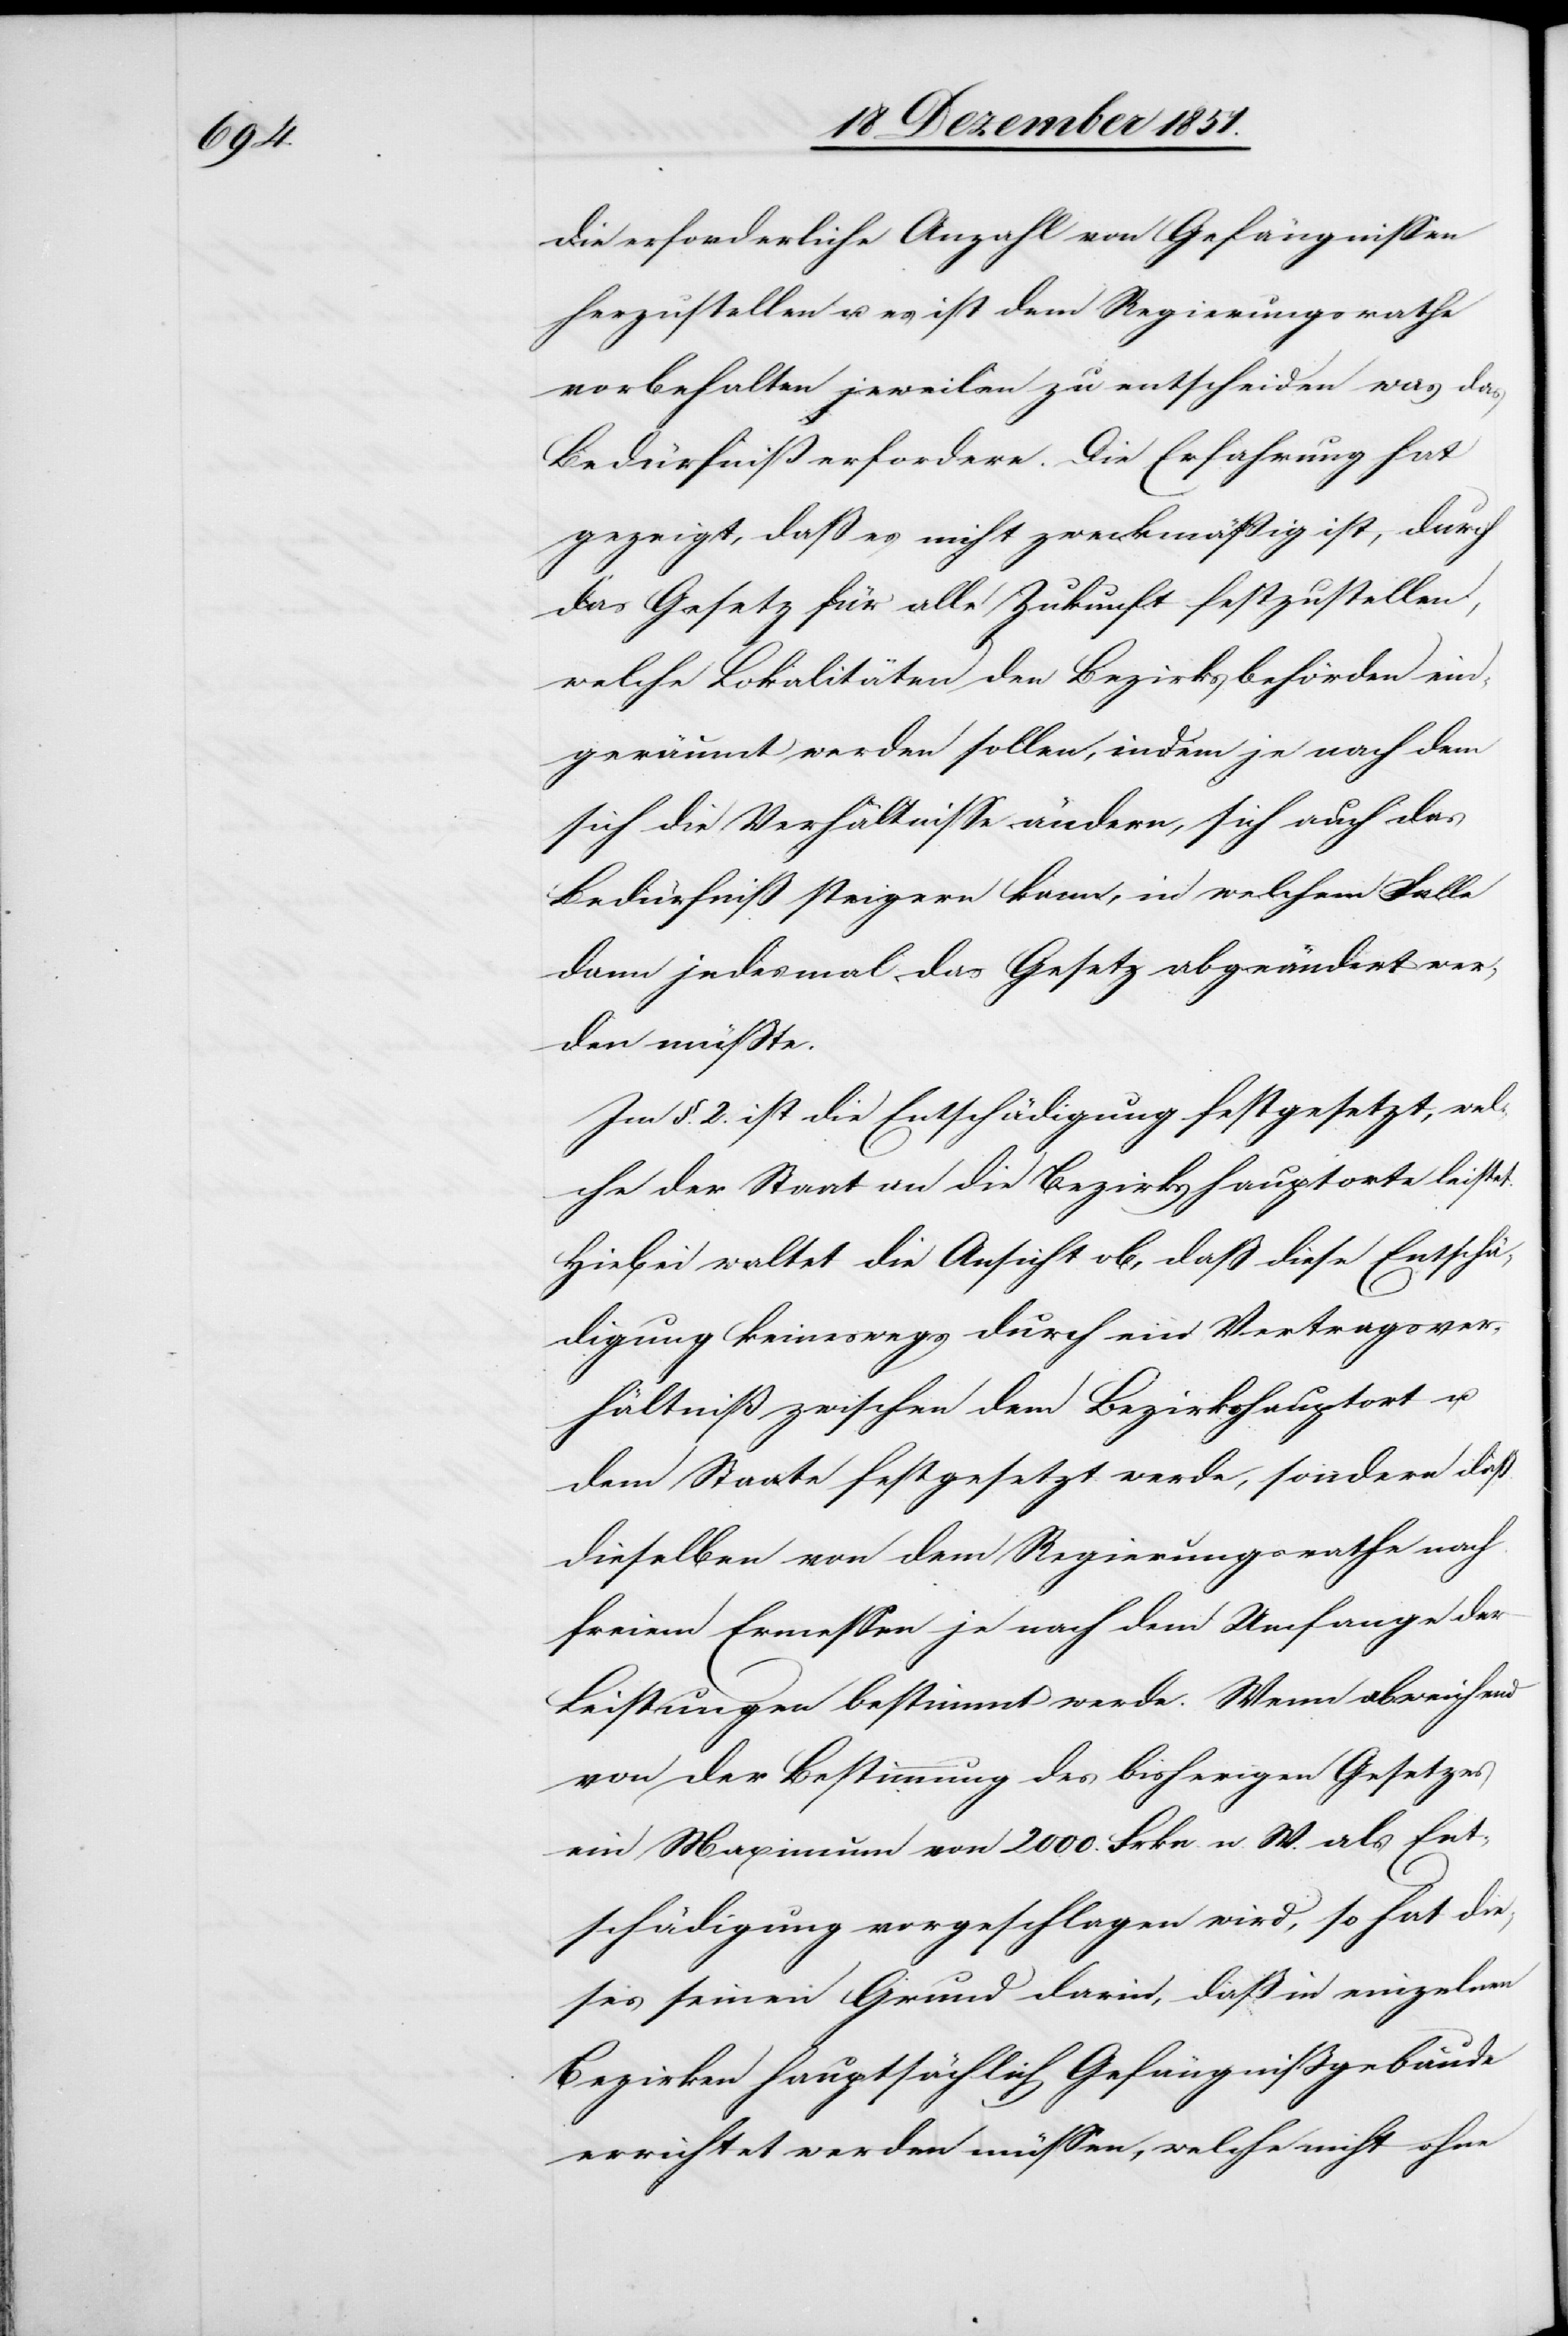
die erforderliche Anzahl von Gefängnissen
herzustellen u. es ist dem Regierungsrathe
vorbehalten jeweilen zu entscheiden was das
Bedürfniß erfordere. Die Erfahrung hat
gezeigt, daß es nicht zweckmäßig ist, durch
das Gesetz für alle Zukunft festzustellen,
welche Lokalitäten den Bezirksbehörden ein¬
geräumt werden sollen, indem je nach dem
sich die Verhältnisse ändern, sich auch das
Bedürfniß steigern kann, in welchem Falle
dann jedesmal das Gesetz abgeändert wer¬
den müßte.
Im §. 2. ist die Entschädigung festgesetzt, wel¬
che der Staat an die Bezirkshauptorte leistet.
Hiebei waltet die Ansicht ob, daß diese Entschä¬
digung keineswegs durch ein Vertragsver¬
hältniß zwischen dem Bezirkshauptort u.
dem Staate festgesetzt werde, sondern daß
dieselben von dem Regierungsrathe nach
freiem Ermessen je nach dem Umfange der
Leistungen bestimmt werde. Wenn abweichend
von der Bestimmung des bisherigen Gesetzes
ein Maximum von 2000. Frkn. n. W. als Ent¬
schädigung vorgeschlagen wird, so hat die¬
ses seinen Grund darin, daß in einzelnen
Bezirken hauptsächlich Gefängnißgebäude
errichtet werden müssen, welche nicht ohne